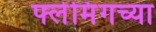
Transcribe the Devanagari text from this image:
फ्लेमिंगच्या